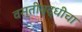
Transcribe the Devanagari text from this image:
वस्तीवृद्धीचा